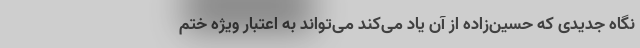
نگاه جدیدی که حسین‌زاده از آن یاد می‌کند می‌تواند به اعتبار ویژه ختم